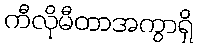
ကီလိုမီတာအကွာရှိ